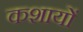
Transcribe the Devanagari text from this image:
कशायों